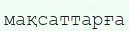
мақсаттарға